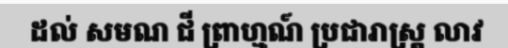
ដល់ សមណ ជី ព្រាហ្មណ៍ ប្រជារាស្ត្រ លាវ